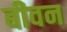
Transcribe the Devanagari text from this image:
बीवन